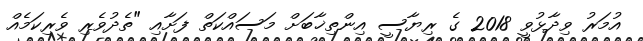
އުމަރު ވިދާޅުވީ 2018 ގެ ރިޔާސީ އިންތިޚާބަށް މަސައްކަތް ފަށާއި "ތެދުވެރި ވެރިކަމެއް